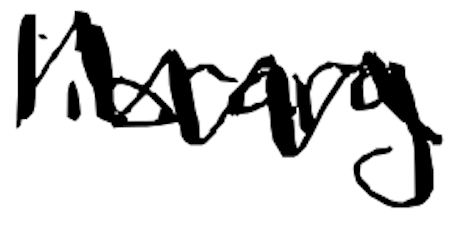
Text: library
Cross-out: zig-zag
Writing tool: digital_black